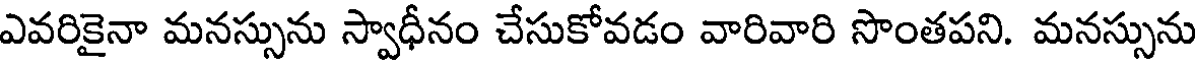
ఎవరికైనా మనస్సును స్వాధీనం చేసుకోవడం వారివారి సొంతపని. మనస్సును